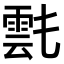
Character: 𩃌